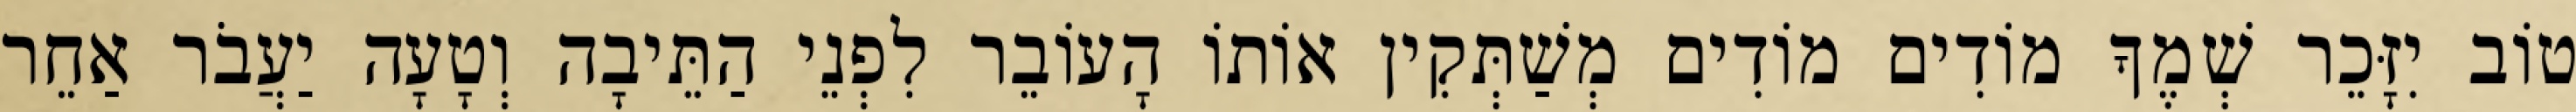
טוֹב יִזָּכֵר שְׁמֶךָ מוֹדִים מוֹדִים מְשַׁתְּקִין אוֹתוֹ הָעוֹבֵר לִפְנֵי הַתֵּיבָה וְטָעָה יַעֲבֹר אַחֵר